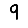
Digit: 9